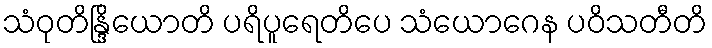
သံဝုတိန္ဒြိယောတိ ပရိပူရေတိပေ သံယောဂေန ပဝိသတီတိ